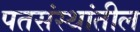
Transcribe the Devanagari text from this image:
पतसंस्थांतील